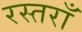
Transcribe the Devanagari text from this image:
रस्तराँ